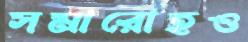
সমারোহও